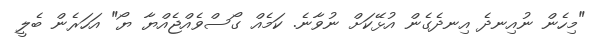
"މިހެން ނުއިނދެ އިނދެގެން އުޅޭކަށް ނުވާނެ. ކަމެއް ގޯސްވެއްޖެއްޔާ ޔޯ" އަހަރެން ބެލީ